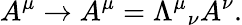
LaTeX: A^{\mu}\rightarrow A^{\mu}=\Lambda^{\mu}{}_{\nu}A^{\nu}.